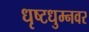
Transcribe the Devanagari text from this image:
धृष्टधुम्नवर